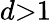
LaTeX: d{>}1